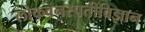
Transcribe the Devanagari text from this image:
लोकवनस्पतीविज्ञान